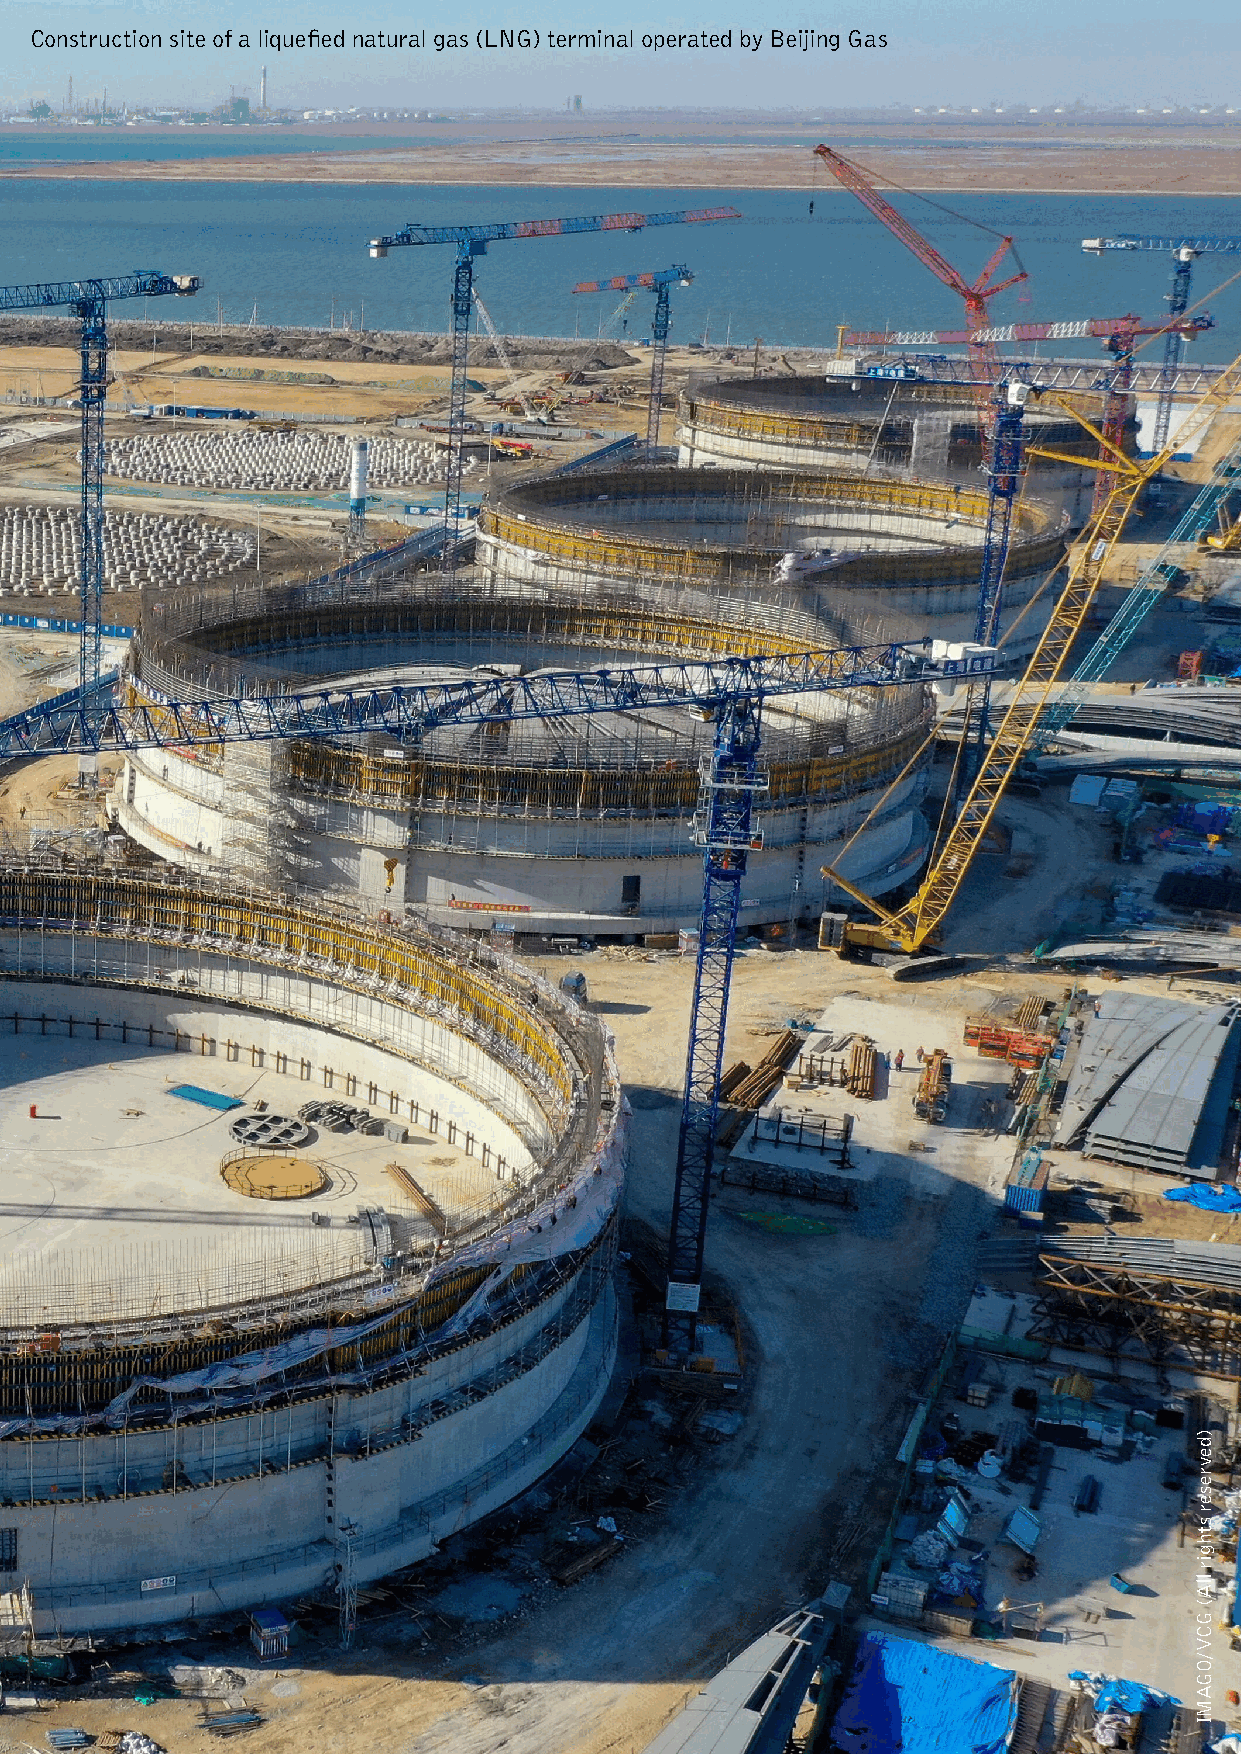
Construction site of a liquefied natural gas (LNG) terminal operated by Beijing Gas
 The Beijing-led Asian Infrastructure Investment Bank …     20/
 32
 )devreser
 sthgir
 llA(
 GCV/OGAMI